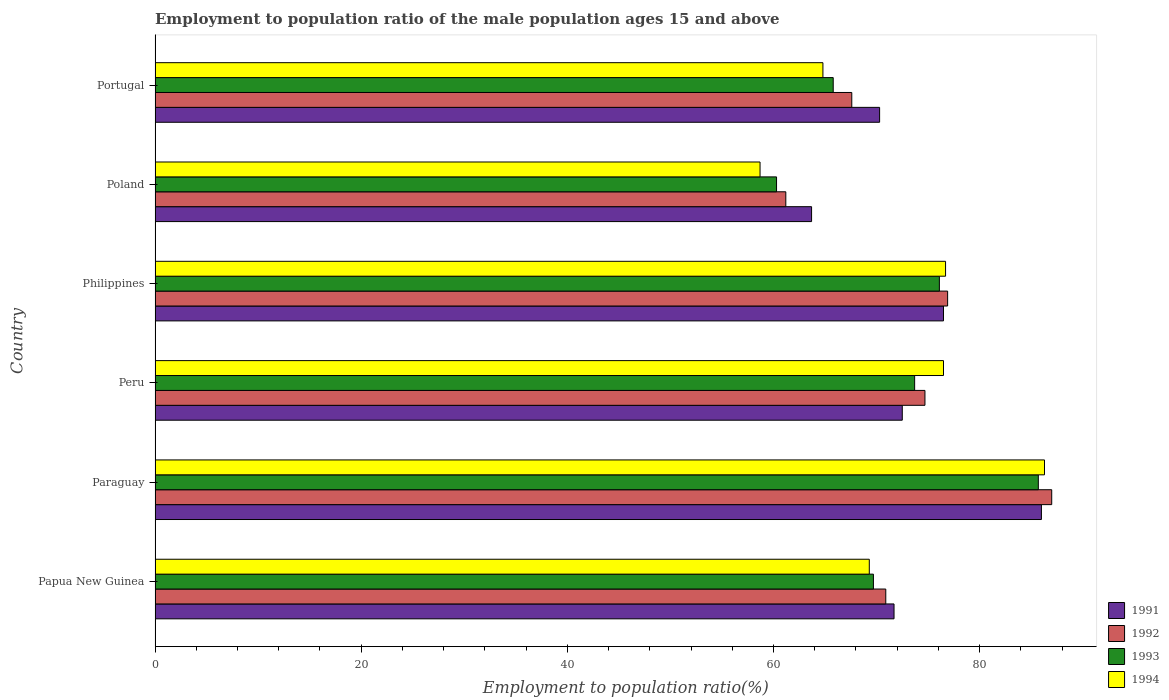
| Country | 1991 | 1992 | 1993 | 1994 |
 | --- | --- | --- | --- | --- |
 | Papua New Guinea | 71.7 | 70.9 | 69.7 | 69.3 |
 | Paraguay | 86 | 87 | 85.7 | 86.3 |
 | Peru | 72.5 | 74.7 | 73.7 | 76.5 |
 | Philippines | 76.5 | 76.9 | 76.1 | 76.7 |
 | Poland | 63.7 | 61.2 | 60.3 | 58.7 |
 | Portugal | 70.3 | 67.6 | 65.8 | 64.8 |